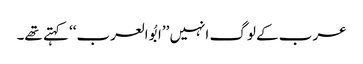
عرب کے لوگ انہیں ’’ابُو العرب‘‘ کہتے تھے۔